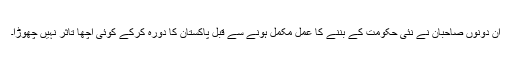
ان دونوں صاحبان نے نئی حکومت کے بننے کا عمل مکمل ہونے سے قبل پاکستان کا دورہ کرکے کوئی اچھا تاثر نہیں چھوڑا۔